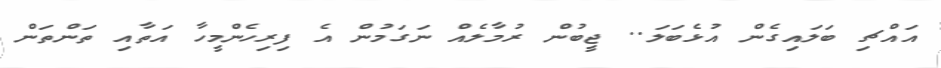
އައްޗި ބަލައިގެން އުޅެބަލަ.. ޖީބުން ރުމާލެއް ނަގަމުން އެ ފިރިހެންމީހާ އަތާއި ތަންތަން